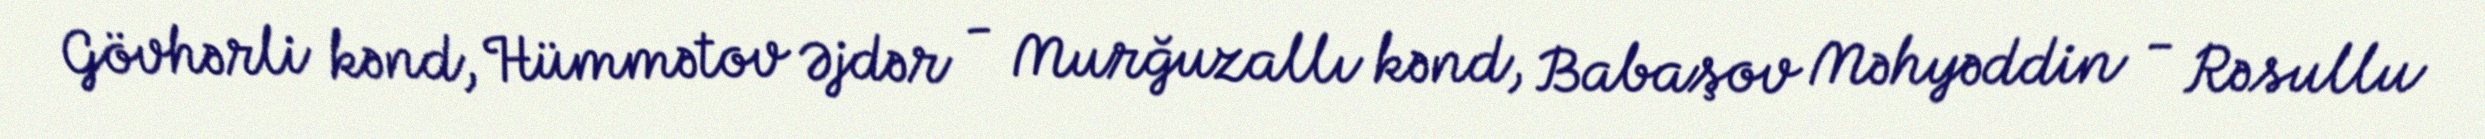
Gövhərli kənd, Hümmətov Əjdər - Murğuzallı kənd, Babaşov Məhyəddin - Rəsullu